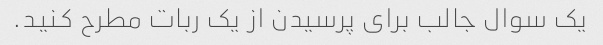
یک سوال جالب برای پرسیدن از یک ربات مطرح کنید.